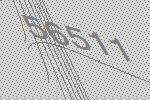
56511